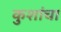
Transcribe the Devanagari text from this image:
कुशांचा